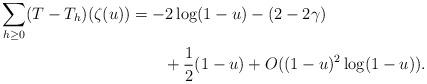
LaTeX: \begin{align*} \begin{aligned} \sum_{h\ge 0}(T-T_h)(\zeta(u))&=-2\log(1-u)-(2-2\gamma)\\ &\qquad+\frac12(1-u)+O((1-u)^2\log(1-u)). \end{aligned} \end{align*}